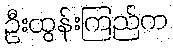
ဦးထွန်းကြည်က